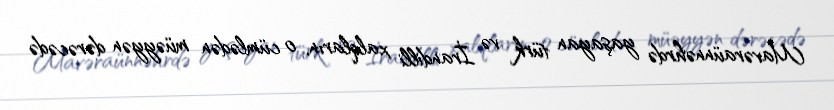
Mavəraünnəhrdə yaşayan türk və İrandilli xalqların, o cümlədən müəyyən dərəcədə